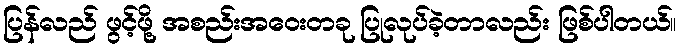
ပြန်လည် ဖွင့်ဖို့ အစည်းအဝေးတခု ပြုလုပ်ခဲ့တာလည်း ဖြစ်ပါတယ်။